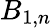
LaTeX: B_{1,n}